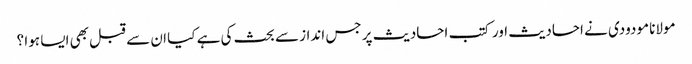
مولانا مودودی نے احادیث اور کتب احادیث پر جس انداز سے بحث کی ہے کیا ان سے قبل بھی ایسا ہوا ؟